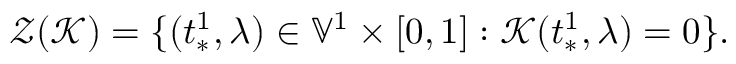
\mathcal { Z } ( \mathcal { K } ) = \{ ( t _ { * } ^ { 1 } , \lambda ) \in \mathbb { V } ^ { 1 } \times [ 0 , 1 ] : \mathcal { K } ( t _ { * } ^ { 1 } , \lambda ) = 0 \} .